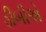
ડીબીએ